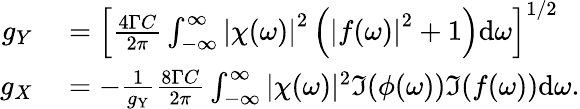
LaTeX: \begin{array}{rl}{g_{Y}}&{{}=\left[\frac{4\Gamma C}{2\pi}\int_{-\infty}^{\infty}\left|\chi(\omega)\right|^{2}\left(\left|f(\omega)\right|^{2}+1\right)\mathrm{d}\omega\right]^{1/2}}\\ {g_{X}}&{{}=-\frac{1}{g_{\mathrm{Y}}}\frac{8\Gamma C}{2\pi}\int_{-\infty}^{\infty}|\chi(\omega)|^{2}\Im{(\phi(\omega))\Im{(f(\omega))}}\mathrm{d}\omega.}\end{array}